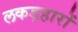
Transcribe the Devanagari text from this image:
लकड़हारों